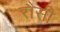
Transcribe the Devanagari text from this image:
रौसी